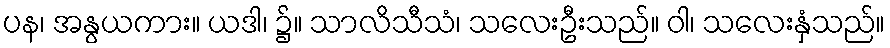
ပန၊ အနွယကား။ ယဒါ၊ ၌။ သာလိသီသံ၊ သလေးဦးသည်။ ဝါ၊ သလေးနှံသည်။